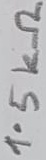
Text: 3KΩ